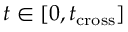
t \in [ 0 , t _ { \mathrm { c r o s s } } ]